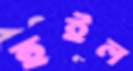
হুইল